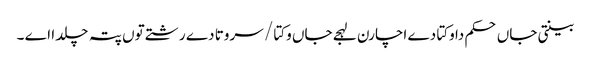
بینتی جاں حکم دا وکتا دے اچارن لہجے جاں وکتا / سروتا دے رشتے توں پتہ چلدا اے ۔